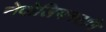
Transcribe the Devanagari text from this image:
नेपोलियनसाठि